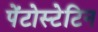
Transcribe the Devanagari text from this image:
पेंटोस्टेटिन